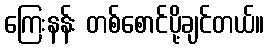
ကြေးနန်း တစ်စောင်ပို့ချင်တယ်။